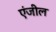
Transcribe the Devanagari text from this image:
एंजील